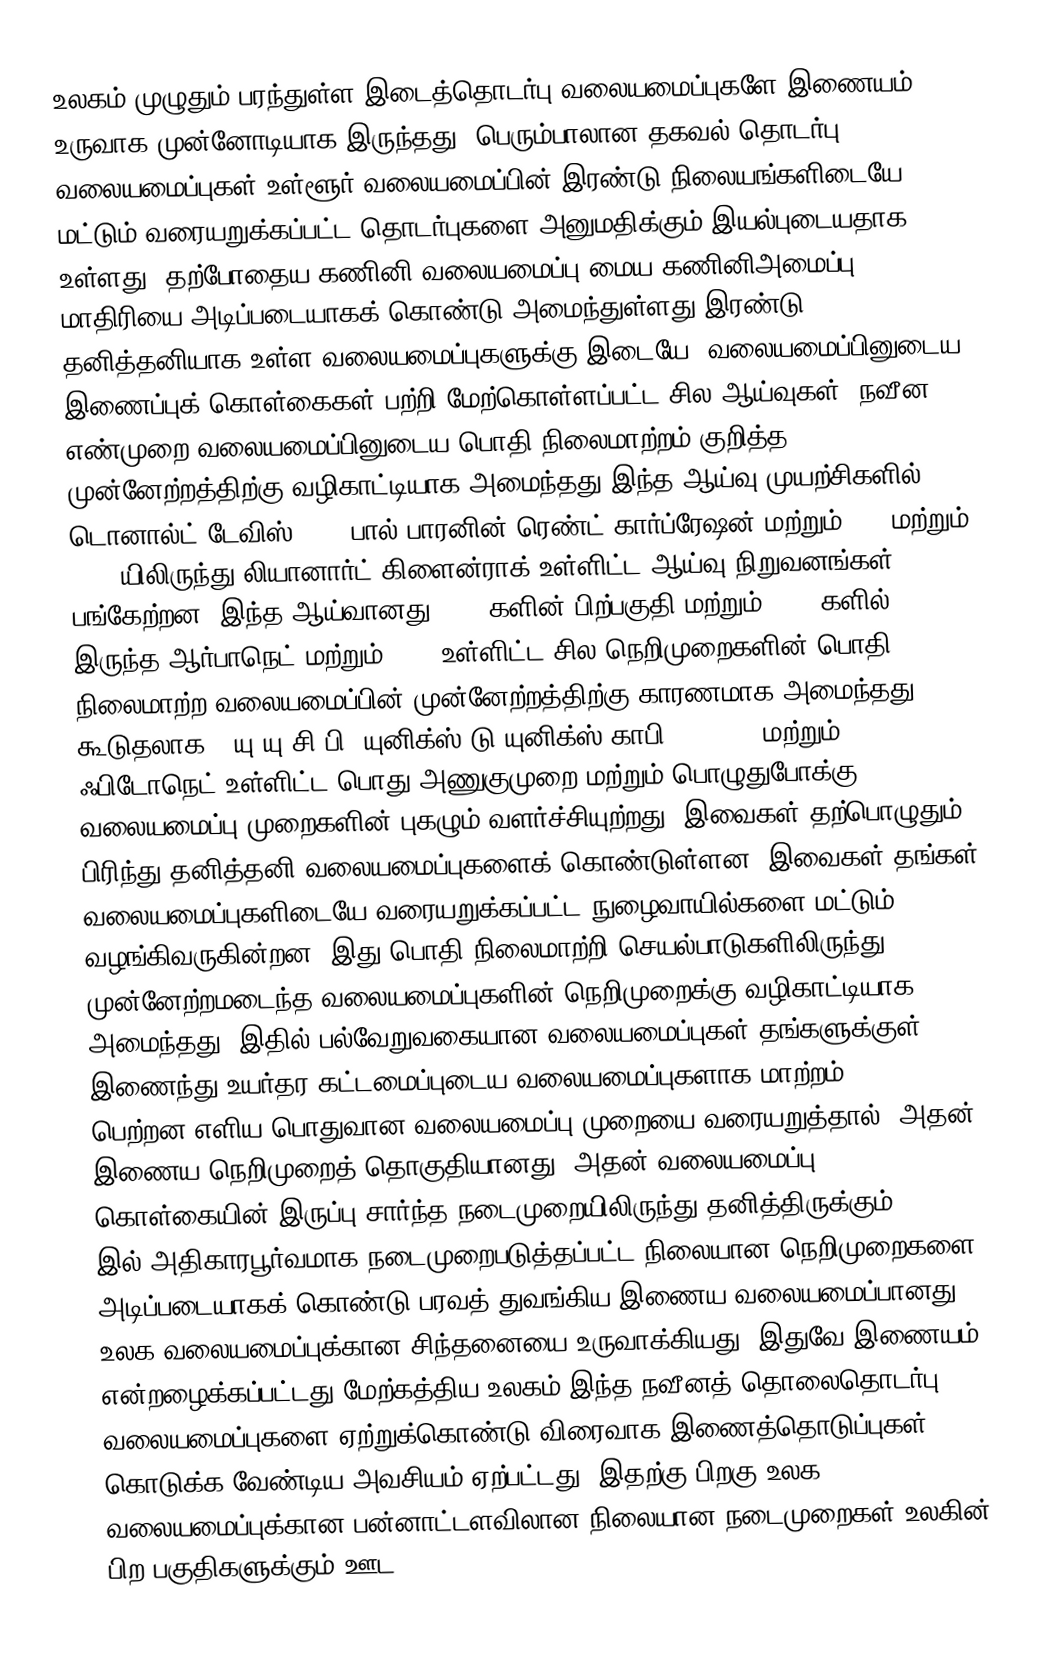
உலகம் முழுதும் பரந்துள்ள இடைத்தொடர்பு வலையமைப்புகளே இணையம் உருவாக முன்னோடியாக இருந்தது. பெரும்பாலான தகவல் தொடர்பு வலையமைப்புகள் உள்ளூர் வலையமைப்பின் இரண்டு நிலையங்களிடையே மட்டும் வரையறுக்கப்பட்ட தொடர்புகளை அனுமதிக்கும் இயல்புடையதாக உள்ளது. தற்போதைய கணினி வலையமைப்பு மைய கணினிஅமைப்பு மாதிரியை அடிப்படையாகக் கொண்டு அமைந்துள்ளது.இரண்டு தனித்தனியாக உள்ள வலையமைப்புகளுக்கு இடையே, வலையமைப்பினுடைய இணைப்புக் கொள்கைகள் பற்றி மேற்கொள்ளப்பட்ட சில ஆய்வுகள், நவீன எண்முறை வலையமைப்பினுடைய பொதி நிலைமாற்றம் குறித்த முன்னேற்றத்திற்கு வழிகாட்டியாக அமைந்தது.இந்த ஆய்வு முயற்சிகளில் டொனால்ட் டேவிஸ்(NPL),பால் பாரனின் ரெண்ட் கார்ப்ரேஷன் மற்றும் MIT மற்றும் UCLA யிலிருந்து லியானார்ட் கிளைன்ராக் உள்ளிட்ட ஆய்வு நிறுவனங்கள் பங்கேற்றன. இந்த ஆய்வானது 1960 களின் பிற்பகுதி மற்றும் 1970 களில் இருந்த ஆர்பாநெட் மற்றும் X.25 உள்ளிட்ட சில நெறிமுறைகளின் பொதி நிலைமாற்ற வலையமைப்பின் முன்னேற்றத்திற்கு காரணமாக அமைந்தது. கூடுதலாக,[[யு.யு.சி.பி.|யுனிக்ஸ் டு யுனிக்ஸ் காபி (UUCP)]] மற்றும் ஃபிடோநெட் உள்ளிட்ட பொது அணுகுமுறை மற்றும் பொழுதுபோக்கு வலையமைப்பு முறைகளின் புகழும் வளர்ச்சியுற்றது. இவைகள் தற்பொழுதும் பிரிந்து தனித்தனி வலையமைப்புகளைக் கொண்டுள்ளன. இவைகள் தங்கள் வலையமைப்புகளிடையே வரையறுக்கப்பட்ட நுழைவாயில்களை மட்டும் வழங்கிவருகின்றன. இது பொதி நிலைமாற்றி செயல்பாடுகளிலிருந்து முன்னேற்றமடைந்த வலையமைப்புகளின் நெறிமுறைக்கு வழிகாட்டியாக அமைந்தது. இதில் பல்வேறுவகையான வலையமைப்புகள் தங்களுக்குள் இணைந்து உயர்தர கட்டமைப்புடைய வலையமைப்புகளாக மாற்றம் பெற்றன.எளிய பொதுவான வலையமைப்பு முறையை வரையறுத்தால், அதன் இணைய நெறிமுறைத் தொகுதியானது, அதன் வலையமைப்பு கொள்கையின் இருப்பு சார்ந்த நடைமுறையிலிருந்து தனித்திருக்கும். 1982 இல் அதிகாரபூர்வமாக நடைமுறைபடுத்தப்பட்ட நிலையான நெறிமுறைகளை அடிப்படையாகக் கொண்டு பரவத் துவங்கிய இணைய வலையமைப்பானது, உலக வலையமைப்புக்கான சிந்தனையை உருவாக்கியது. இதுவே இணையம் என்றழைக்கப்பட்டது.மேற்கத்திய உலகம் இந்த நவீனத் தொலைதொடர்பு வலையமைப்புகளை ஏற்றுக்கொண்டு விரைவாக இணைத்தொடுப்புகள் கொடுக்க வேண்டிய அவசியம் ஏற்பட்டது. இதற்கு பிறகு உலக வலையமைப்புக்கான பன்னாட்டளவிலான நிலையான நடைமுறைகள் உலகின் பிற பகுதிகளுக்கும் ஊட